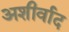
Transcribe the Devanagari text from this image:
अशीर्वाद